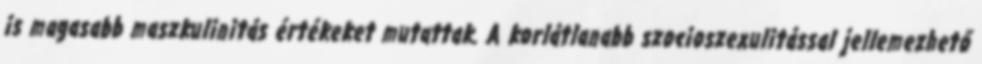
is magasabb maszkulinitás értékeket mutattak. A korlátlanabb szocioszexulitással jellemezhető